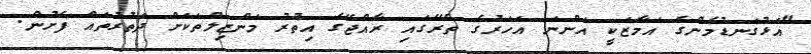
"އަޅުގަނޑުމެންގެ އަމާޒަކީ އަންނަ އަހަރުގެ ތެރޭގައި ރާއްޖޭގެ އިތުރު މަންޒިލްތަކަށް ދަތުރުތައް ފެށުން.